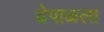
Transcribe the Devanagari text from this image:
ढेपाळला